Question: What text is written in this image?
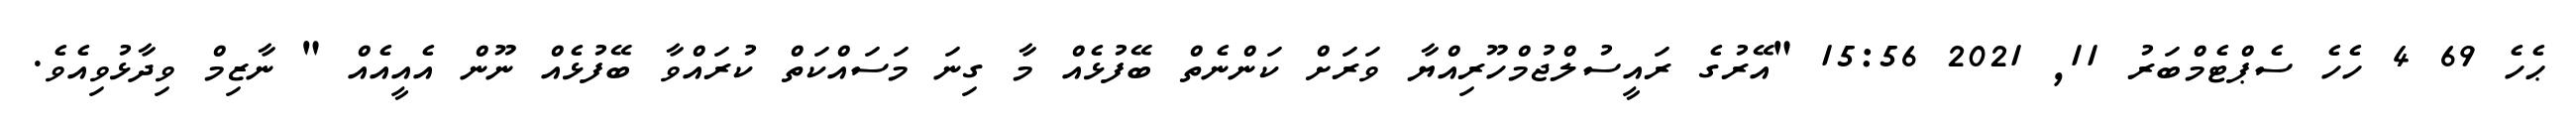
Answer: ޙެހެ 69 4 ހެހެ ސެޕްޓެމްބަރު 11, 2021 15:56 "އޭރުގެ ރައީސުލްޖުމްހޫރިއްޔާ ވަރަށް ކަންނެތް ބޭފުޅެއް މާ ގިނަ މަސައްކަތް ކުރައްވާ ބޭފުޅެއް ނޫން އެއީއެއް " ނާޒިމް ވިދާޅުވިއެވެ.